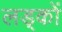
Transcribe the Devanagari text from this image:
लड्कों